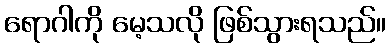
ရောဂါကို မေ့သလို ဖြစ်သွားရသည်။